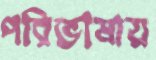
পরিভাষায়